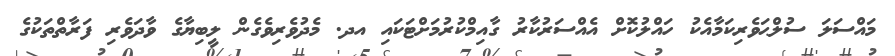
މައްސަލަ ސުލްޙަވެރިކަމާއެކު ހައްލުކޮށް އެއްސަރުކާރު ގާއިމްކުރުމަށްޓަކައި އދ. މެދުވެރިވެގެން ލީބިޔާގެ ވާދަވެރި ފަރާތްތަކުގެ